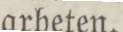
arbeten.